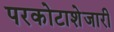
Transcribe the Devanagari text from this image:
परकोटाशेजारी